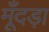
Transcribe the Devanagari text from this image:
मूँदड़ा